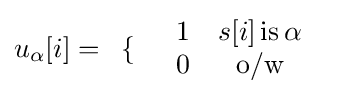
u_{\alpha }[i]={\begin{array}{cc}\{&{\begin{array}{cc}1&s[i]\,{\text{is}}\,\alpha \\0&{\text{o/w}}\end{array}}\end{array}}